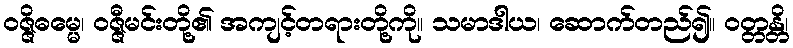
ဝဇ္ဇိဓမ္မေ၊ ဝဇ္ဇီမင်းတို့၏ အကျင့်တရားတို့ကို။ သမာဒါယ၊ ဆောက်တည်၍။ ဝတ္တန္တိ၊